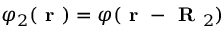
\varphi _ { 2 } ( \textbf { r } ) = \varphi ( \textbf { r } - \textbf { R } _ { 2 } )